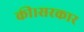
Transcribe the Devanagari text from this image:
की।सरकार